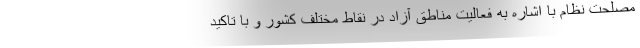
مصلحت نظام با اشاره به فعالیت مناطق آزاد در نقاط مختلف کشور و با تاکید